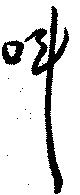
叫